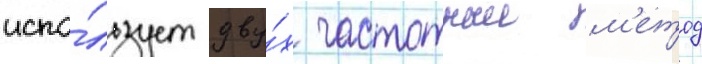
испо́льзует дву́х частотныи м'етод